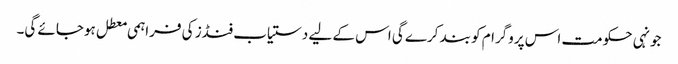
جونہی حکومت اس پروگرام کو بند کرے گی اس کے لیے دستیاب فنڈز کی فراہمی معطل ہوجائے گی۔